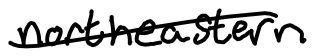
Text: northeastern
Cross-out: single-line
Writing tool: digital_black